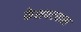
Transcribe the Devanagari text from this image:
केशपटवास